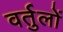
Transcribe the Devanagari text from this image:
वर्तुलों